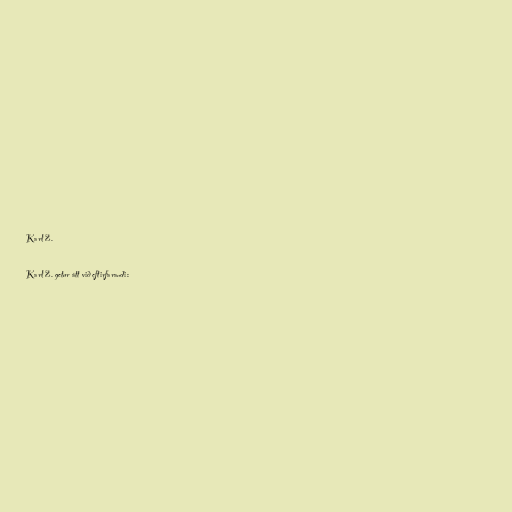
Karl 2.

Karl 2. getur átt við eftirfarandi: